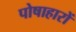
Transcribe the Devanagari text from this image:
पोषाहारों